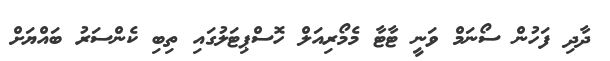
ދާދި ފަހުން ސޯނަމް ވަނީ ޓާޓާ މެމޯރިއަލް ހޮސްޕިޓަލުގައި ތިބި ކެންސަރު ބައްޔަށް